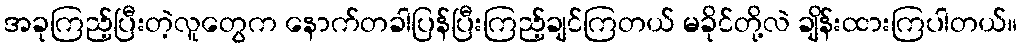
အခုကြည့်ပြီးတဲ့လူတွေက နောက်တခါပြန်ပြီးကြည့်ချင်ကြတယ် မခိုင်တို့လဲ ချိန်းထားကြပါတယ်။